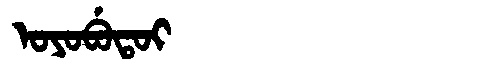
Manchu: ᠣᠶᠣᠪᡠᡨᠣᡳ
Romanization: OYOBUTOI